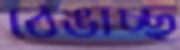
ঠেঙাচ্ছ